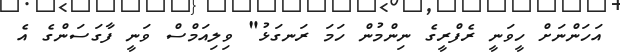
އަހަންނަށް ހީވަނީ ރެފްރީގެ ނިންމުން ހަމަ ރަނގަޅު" ވިލިއަމްސް ވަނީ ފާގަސަންގެ އެ